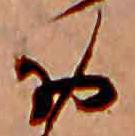
お